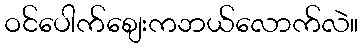
ဝင်ပေါက်စျေးကဘယ်လောက်လဲ။